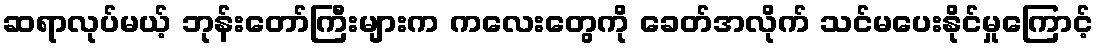
ဆရာလုပ်မယ့် ဘုန်းတော်ကြီးများက ကလေးတွေကို ခေတ်အလိုက် သင်မပေးနိုင်မှုကြောင့်